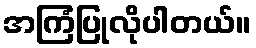
အကြံပြုလိုပါတယ်။